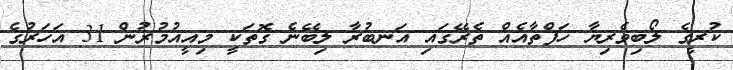
ކުރީގެ ލޯބިވެރިޔާ ހަފްތާއެއް ތެރޭގައި އަނބުރާ ލިބޭނެ ގޮތަކީ މިއީއުމުރުން 31 އަހަރުގެ